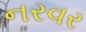
નરવર